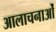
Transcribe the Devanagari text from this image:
आलाचनाओं